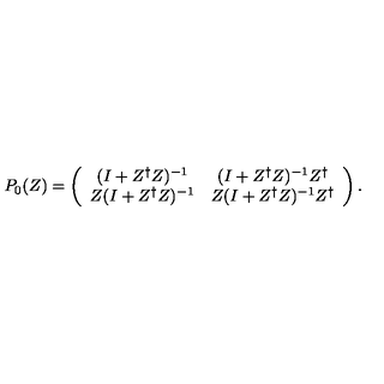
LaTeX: P _ { 0 } ( Z ) = \left( \begin{array} { c c } { ( I + Z ^ { \dag } Z ) ^ { - 1 } } & { ( I + Z ^ { \dag } Z ) ^ { - 1 } Z ^ { \dag } } \\ { Z ( I + Z ^ { \dag } Z ) ^ { - 1 } } & { Z ( I + Z ^ { \dag } Z ) ^ { - 1 } Z ^ { \dag } } \\ \end{array} \right) .